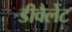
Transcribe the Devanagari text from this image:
डीवैलेंट